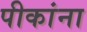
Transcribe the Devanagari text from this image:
पीकांना